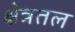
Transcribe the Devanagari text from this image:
क्षेत्रतल